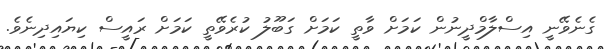
ގެނެވޭނީ އިސްލާމްދީނުން ކަމަށް ވާތީ ކަމަށް ގަބޫލު ކުރެވޭތީ ކަމަށް ރައީސް ކިޔައިދިނެވެ.